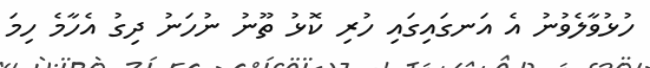
ހުޅުވާލެވުނު އެ އަނގައިގައި ހުރި ކޮޅު ތޫނު ނުހަނު ދިގު އެހާމެ ހިމަ